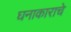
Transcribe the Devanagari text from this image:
घनाकाराचे